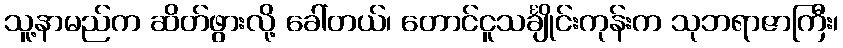
သူ့နာမည်က ဆိတ်ဖွားလို့ ခေါ်တယ်၊ တောင်ငူသင်္ချိုင်းကုန်းက သုဘရာဇာကြီး၊